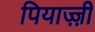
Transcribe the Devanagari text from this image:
पियाज़्ज़ी